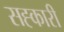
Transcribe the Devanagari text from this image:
सह्कारी